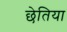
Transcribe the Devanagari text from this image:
छेतिया